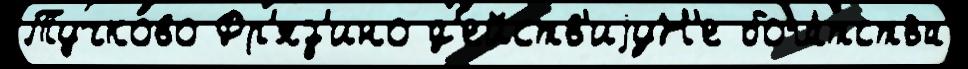
Тучково Фр'яз'ино д'ейств'иjуН'е бога́тства